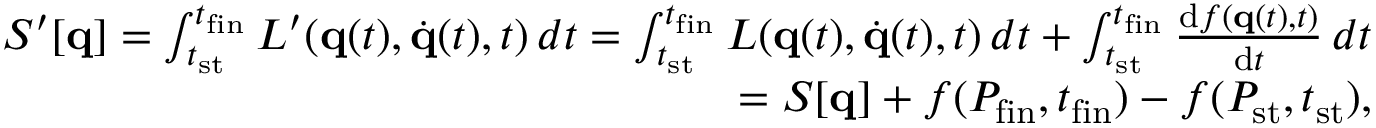
{ \begin{array} { r } { S ^ { \prime } [ \mathbf { q } ] = \int _ { t _ { \mathrm { s t } } } ^ { t _ { \mathrm { f i n } } } L ^ { \prime } ( \mathbf { q } ( t ) , { \dot { \mathbf { q } } } ( t ) , t ) \, d t = \int _ { t _ { \mathrm { s t } } } ^ { t _ { \mathrm { f i n } } } L ( \mathbf { q } ( t ) , { \dot { \mathbf { q } } } ( t ) , t ) \, d t + \int _ { t _ { \mathrm { s t } } } ^ { t _ { \mathrm { f i n } } } { \frac { \mathrm { d } f ( \mathbf { q } ( t ) , t ) } { \mathrm { d } t } } \, d t } \\ { = S [ \mathbf { q } ] + f ( P _ { \mathrm { f i n } } , t _ { \mathrm { f i n } } ) - f ( P _ { \mathrm { s t } } , t _ { \mathrm { s t } } ) , } \end{array} }